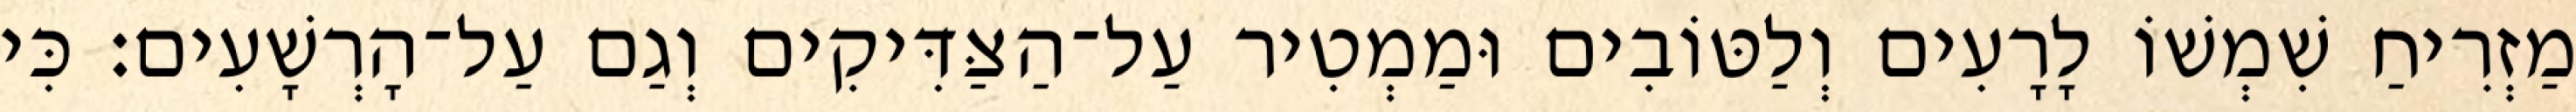
מַזְרִיחַ שִׁמְשׁוֹ לָרָעִים וְלַטּוֹבִים וּמַמְטִיר עַל־הַצַּדִּיקִים וְגַם עַל־הָרְשָׁעִים׃ כִּי